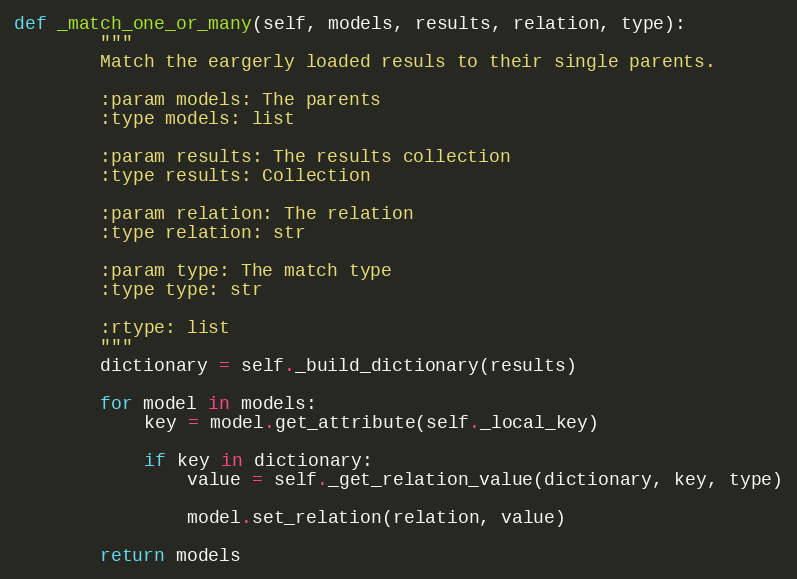
Language: Python
def _match_one_or_many(self, models, results, relation, type):
        """
        Match the eargerly loaded resuls to their single parents.

        :param models: The parents
        :type models: list

        :param results: The results collection
        :type results: Collection

        :param relation: The relation
        :type relation: str

        :param type: The match type
        :type type: str

        :rtype: list
        """
        dictionary = self._build_dictionary(results)

        for model in models:
            key = model.get_attribute(self._local_key)

            if key in dictionary:
                value = self._get_relation_value(dictionary, key, type)

                model.set_relation(relation, value)

        return models